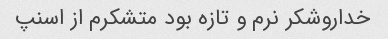
خداروشکر نرم و تازه بود متشکرم از اسنپ